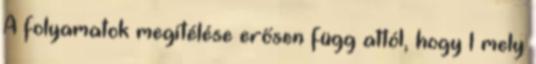
A folyamatok megítélése erősen függ attól, hogy 1 mely